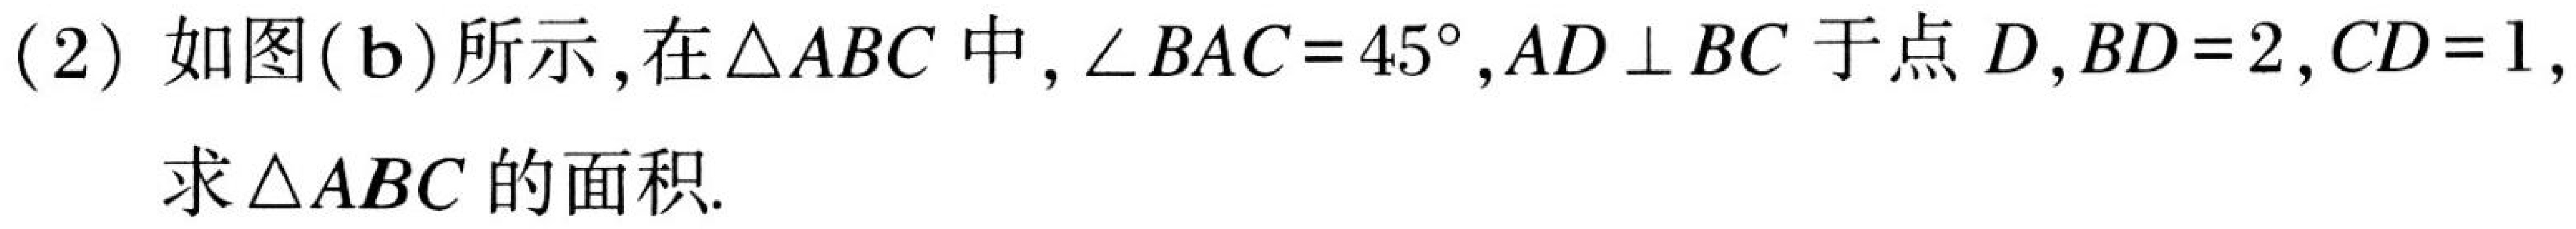
(2) 如图(b)所示, 在\(\triangle ABC\)中, \(\angle BAC = 45^{\circ},AD\perp BC\)于点\(D,BD = 2,CD = 1,\)
求\(\triangle ABC\)的面积.